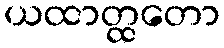
ယထာတ္ထတော